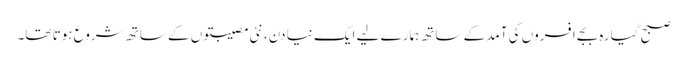
صبح گیارہ بجے افسروں کی آمد کے ساتھ ہمارے لیے ایک نیا دن، نئی مصیبتوں کے ساتھ شروع ہوتا تھا۔